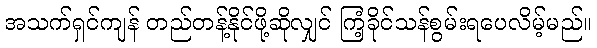
အသက်ရှင်ကျန် တည်တန့်နိုင်ဖို့ဆိုလျှင် ကြံ့ခိုင်သန်စွမ်းရပေလိမ့်မည်။